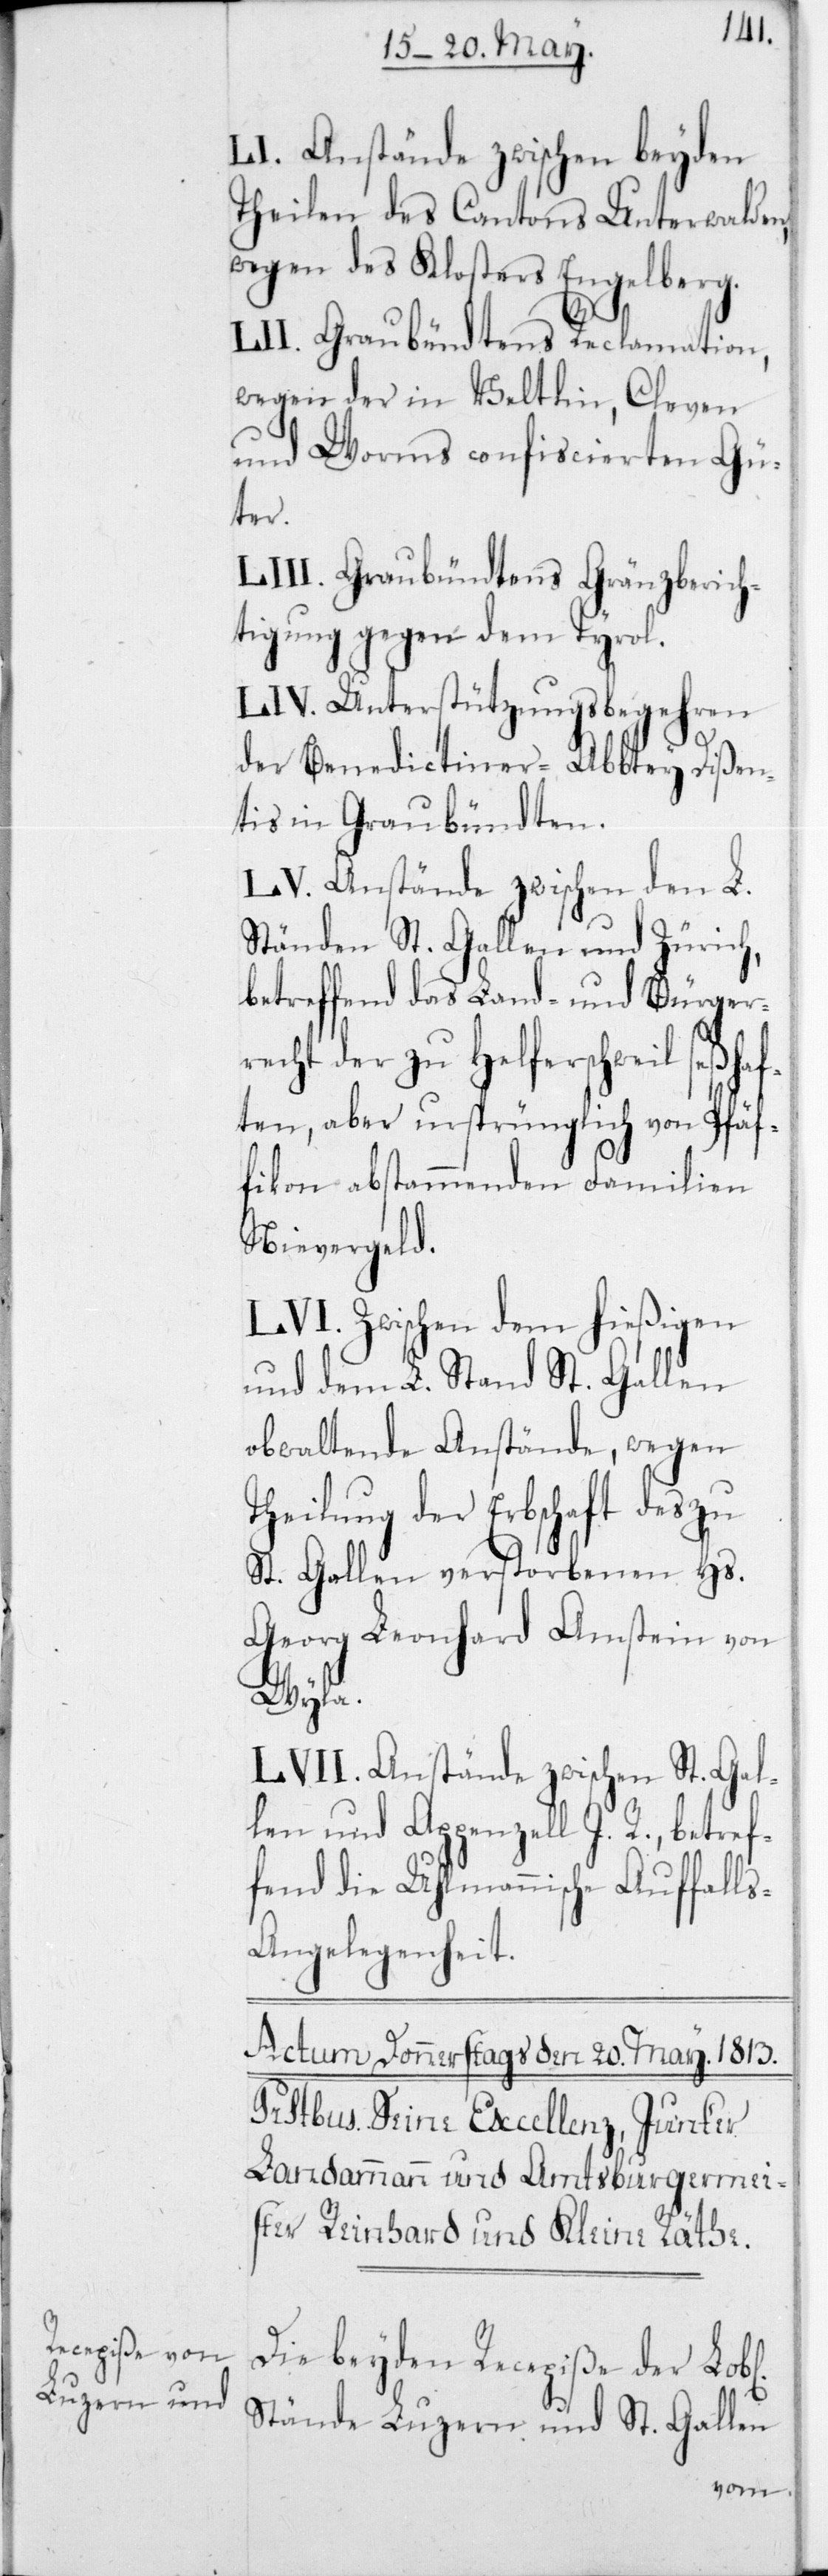
LI. Anstände zwischen beyden
Theilen des Cantons Unterwald¬
wegen des Klosters Engelberg.
LII. Graubündtens Reclamation,
wegen in Veltlin, Cleven
und Worms conficierten Gü¬
ter.
LIII. Graubündtens Gränzberi¬
tigung gegen dem Tyrol.
LIV. Unterstützungsbegehren
der Benedictiner-Abbtey Dißen¬
tis in Graubündten.
LV. Anstände zwischen den L.
Ständen St. Gallen und Zürich,
betreffend das Land- und Bürger¬
recht zu Helfenschweil seßh¬
ten, aber ursprünglich von Pfäf¬
fikon abstammenden Familien
Nievergeld.
LVI. Zwischen dem hießigen
und dem L. Stand St. Gallen
obwaltende Anstände, wegen
Theilung der Erbschaft des zu
St. Gallen verstorbenen Hs.
Georg Leonhard Amstein von
Wyla.
LVII. Anstände zwischen St. Gal¬
len und Appenzell I. R., betref¬
fend die Uhlmannische Auffall¬
s-Angelegenheit.
Die beyden Recepiße der L.
Stände Luzern und St. Gallen
en,